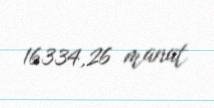
16334,26 manat